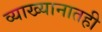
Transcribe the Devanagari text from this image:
व्याख्यानातही